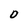
Character: O